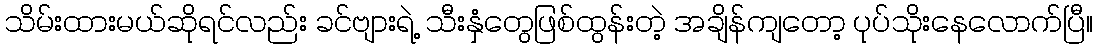
သိမ်းထားမယ်ဆိုရင်လည်း ခင်ဗျားရဲ့ သီးနှံတွေဖြစ်ထွန်းတဲ့ အချိန်ကျတော့ ပုပ်သိုးနေလောက်ပြီ။